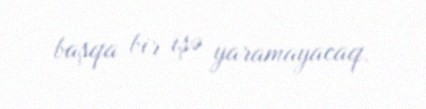
başqa bir işə yaramayacaq.